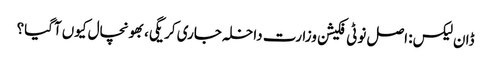
ڈان لیکس: اصل نوٹی فکیشن وزارت داخلہ جاری کریگی، بھونچال کیوں آگیا؟